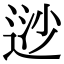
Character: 逤